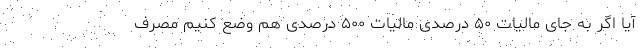
آیا اگر به جای مالیات ۵۰ درصدی مالیات ۵۰۰ درصدی هم وضع کنیم مصرف